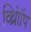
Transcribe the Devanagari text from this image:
व्थ्राॉिंप